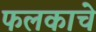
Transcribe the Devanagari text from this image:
फलकाचे